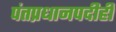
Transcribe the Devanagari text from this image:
पंतप्रधानपदीही